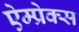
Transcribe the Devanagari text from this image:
ऐम्प्रेक्स